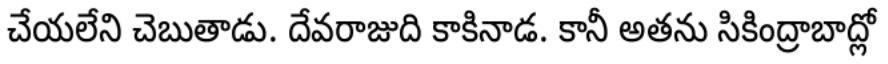
చేయలేని చెబుతాడు. దేవరాజుది కాకినాడ. కానీ అతను సికింద్రాబాద్లో